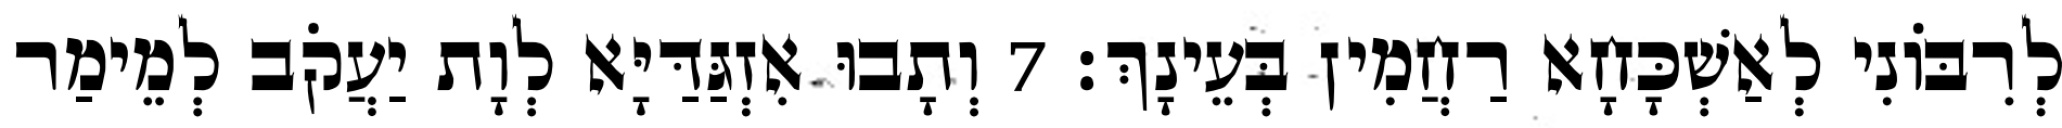
לְרִבּוֹנִי לְאַשְׁכָּחָא רַחֲמִין בְּעֵינָךְ׃ 7 וְתָבוּ אִזְגַּדַּיָּא לְוָת יַעֲקֹב לְמֵימַר